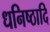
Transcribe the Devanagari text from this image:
धनिष्ठादि